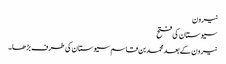
نیرون
سیوستان کی فتح
نیرون کے بعد محمد بن قاسم سیوستان کی طرف بڑھا۔